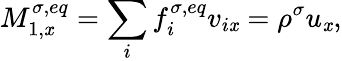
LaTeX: M_{1,\mathit{x}}^{\sigma,eq}=\sum_{i}f_{i}^{\sigma,eq}v_{i\mathit{x}}=\rho^{\sigma}u_{\mathit{x}},